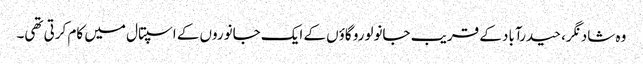
وہ شاد نگر، حیدرآباد کے قریب جانولورو گاؤں کے ایک جانوروں کے اسپتال میں کام کرتی تھی۔